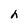
Character: h